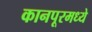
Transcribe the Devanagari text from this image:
कानपूरमध्ये